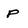
Character: P